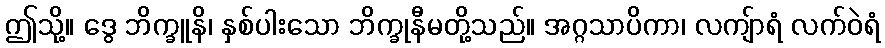
ဤသို့။ ဒွေ ဘိက္ခူနိ၊ နှစ်ပါးသော ဘိက္ခုနီမတို့သည်။ အဂ္ဂသာပိကာ၊ လကျ်ာရံ လက်ဝဲရံ